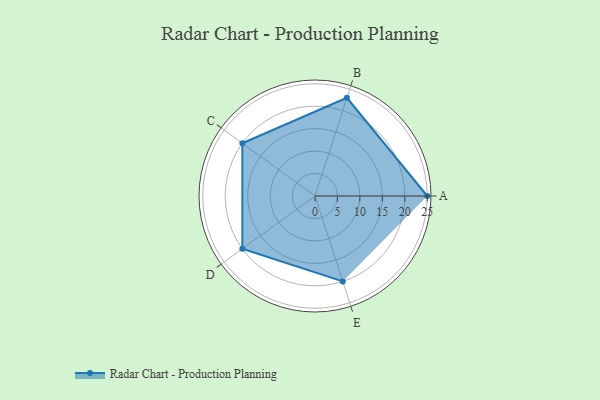
{"axis": {"x": "Skill", "y": "Score"}, "legend": ["Profile"], "data": [{"x": "A", "y": 25.0, "type": "Profile"}, {"x": "B", "y": 23.0, "type": "Profile"}, {"x": "C", "y": 20, "type": "Profile"}, {"x": "D", "y": 20, "type": "Profile"}, {"x": "E", "y": 20, "type": "Profile"}]}